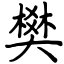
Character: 樊